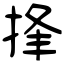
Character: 捀